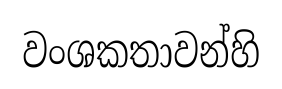
වංශකතාවන්හි